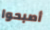
أصبحوا